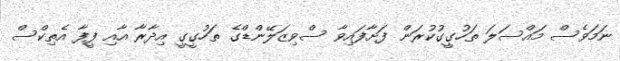
ނަމަވެސް މައްސަލަ ތަހުގީގުކުރަން ފަށާފައިވާ ސްވިޒަލޭންޑްގެ ތަހުގީގީ އިދާރާ އާއި ފީފާ އެތިކްސް